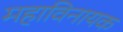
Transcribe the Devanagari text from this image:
महाविनायक